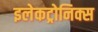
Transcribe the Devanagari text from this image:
इलेकट्रोनिक्स